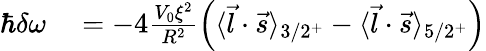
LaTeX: \begin{array}{rl}{\hbar\delta\omega}&{{}=-4\frac{V_{0}\xi^{2}}{R^{2}}\left(\langle\vec{l}\cdot\vec{s}\rangle_{3/2^{+}}-\langle\vec{l}\cdot\vec{s}\rangle_{5/2^{+}}\right)}\end{array}